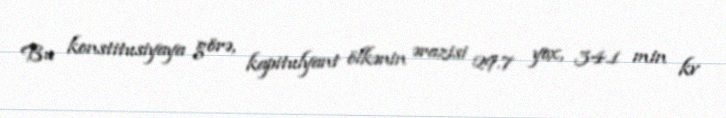
Bu konstitusiyaya görə, kapitulyant ölkənin ərazisi 29.7 yox, 34.1 min kv